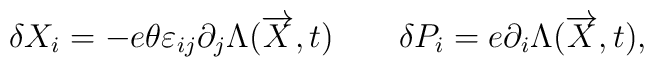
\delta X_i = - e\theta \varepsilon_{ij} \partial_j   \Lambda (\overrightarrow{X},t) \qquad  \delta P_i = e \partial_i  \Lambda (\overrightarrow{X},t),